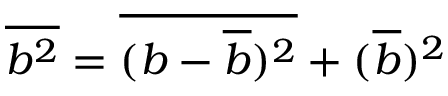
\overline { { b ^ { 2 } } } = \overline { { ( b - \overline { { b } } ) ^ { 2 } } } + ( \overline { { b } } ) ^ { 2 }